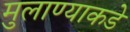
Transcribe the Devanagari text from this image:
मुलाण्याकडे